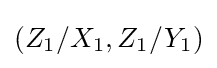
(Z_{1}/X_{1},Z_{1}/Y_{1})